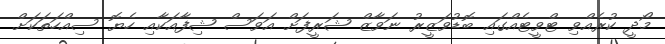
މޯދީ ކުރެއްވި ޓްވީޓެއްގައި ބޮޑުވަޒީރު ނަވާޒް ޝަރީފަށް އަވަސް ޝިފާއަކާއި ހެޔޮ ސިއްހަތަކަށް